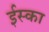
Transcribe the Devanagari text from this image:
ईस्का